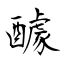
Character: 醵